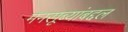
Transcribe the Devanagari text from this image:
मनसूब्यांबद्दल